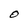
Character: O